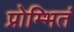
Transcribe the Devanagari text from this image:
प्रोम्भितं